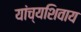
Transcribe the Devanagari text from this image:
यांच्यशिवाय